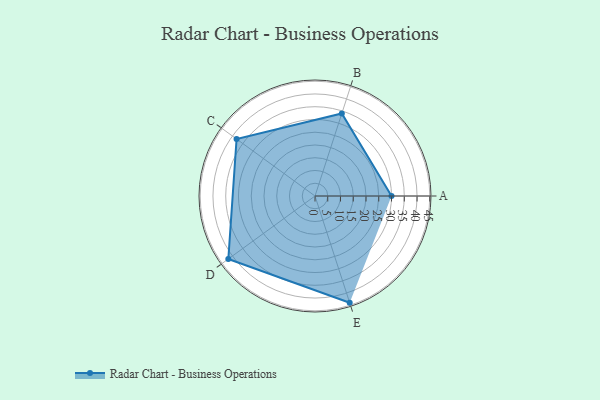
{"axis": {"x": "Skill", "y": "Score"}, "legend": ["Profile"], "data": [{"x": "A", "y": 30.0, "type": "Profile"}, {"x": "B", "y": 34.0, "type": "Profile"}, {"x": "C", "y": 38.0, "type": "Profile"}, {"x": "D", "y": 42.0, "type": "Profile"}, {"x": "E", "y": 44.0, "type": "Profile"}]}